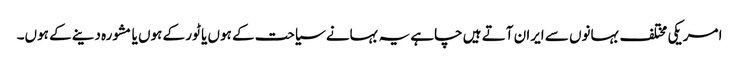
امریکی مختلف بہانوں سے ایران آتے ہیں چاہے یہ بہانے سیاحت کے ہوں یا ٹور کے ہوں یا مشورہ دینے کے ہوں۔